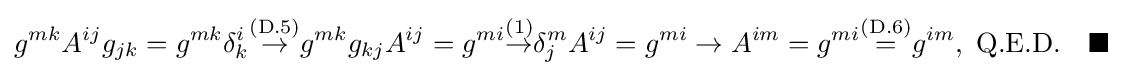
g^{mk}A^{ij}g_{jk}=g^{mk}\delta _{k}^{i}{\stackrel {\text{(D.5)}}{\to }}g^{mk}g_{kj}A^{ij}=g^{mi}{\stackrel {\text{(1)}}{\to }}\delta _{j}^{m}A^{ij}=g^{mi}\to A^{im}=g^{mi}{\stackrel {\text{(D.6)}}{=}}g^{im},\ {\text{Q.E.D.}}\quad \blacksquare